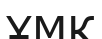
ҰМК